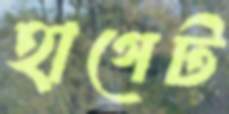
হাগেট